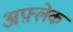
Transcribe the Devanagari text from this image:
अफ़्लेक